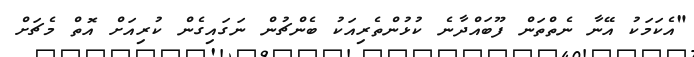
"އެކަމަކު އޭނާ ނެތްތަން ފޫބައްދާނެ ކުޅުންތެރިއަކު ބެންޗުން ނަގައިގެން ކުރިއަށް އޮތް މެޗަށް